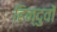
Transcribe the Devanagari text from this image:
हिन्दुवों